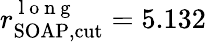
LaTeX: r_{\mathrm{SOAP,cut}}^{\mathrm{~l~o~n~g~}}=5.132